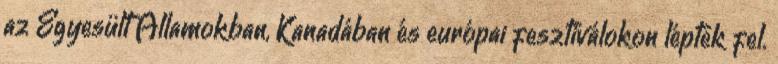
az Egyesült Államokban, Kanadában és európai fesztiválokon léptek fel.